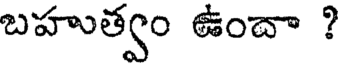
బహుత్వం ఉందా ?